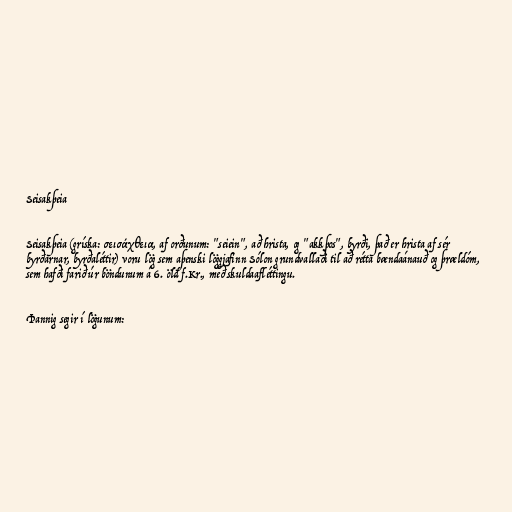
Seisakþeia

Seisakþeia (gríska: σεισάχθεια, af orðunum: "seiein", að hrista, og "akkþos", byrði, það er hrista af sér
byrðarnar, byrðaléttir) voru lög sem aþenski löggjafinn Sólon grundvallaði til að rétta bændaánauð og þrældóm,
sem hafði farið úr böndunum á 6. öld f.Kr., með skuldaafléttingu.

Þannig segir í lögunum: